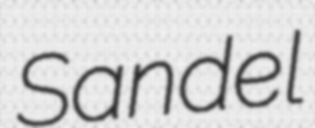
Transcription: Sandel